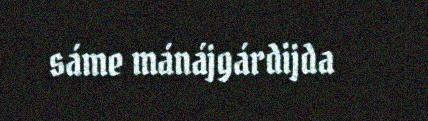
sáme mánájgárdijda